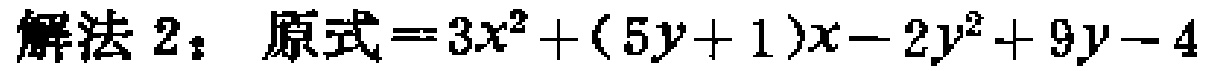
解法 2：原式=$3x^{2}+(5y + 1)x - 2y^{2}+9y - 4$